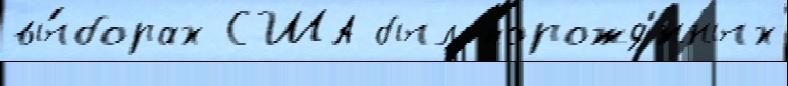
вы́борах США был порожд'́нных